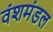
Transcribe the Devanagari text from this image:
वंशमंडल